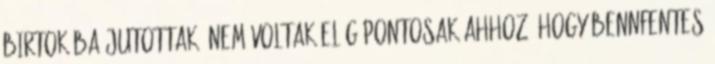
birtokába jutottak, nem voltak elég pontosak ahhoz, hogy bennfentes